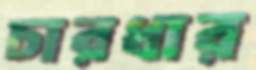
চারধার